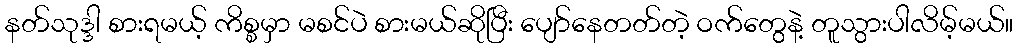
နတ်သုဒ္ဒါ စားရမယ့် ကိစ္စမှာ မစင်ပဲ စားမယ်ဆိုပြီး ပျော်နေတတ်တဲ့ ဝက်တွေနဲ့ တူသွားပါလိမ့်မယ်။